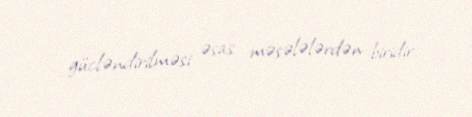
gücləndirilməsi əsas məsələlərdən biridir.